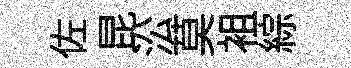
佐昆㳂莫袓綜